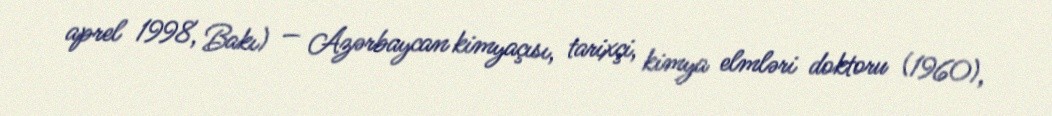
aprel 1998, Bakı) — Azərbaycan kimyaçısı, tarixçi, kimya elmləri doktoru (1960),